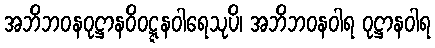
အဘိဘဝနဝုဋ္ဌာနဝိဝဋ္ဋနဝါရေသုပိ၊ အဘိဘဝနဝါရ ဝုဋ္ဌာနဝါရ